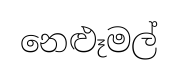
නෙළූමල්